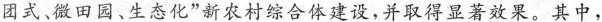
团式、微田园、生态化”新农村综合体建设，并取得显著效果。其中，